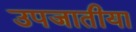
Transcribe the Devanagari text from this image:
उपजातीया